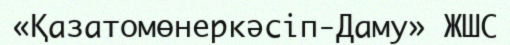
«Қазатомөнеркәсіп-Даму» ЖШС